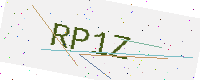
Text: RP1Z